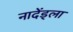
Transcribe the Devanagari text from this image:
नादेंड्ला